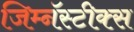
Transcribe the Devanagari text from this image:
जिम्नॅस्टीक्स